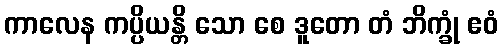
ကာလေန ကပ္ပိယန္တိ သော စေ ဒူတော တံ ဘိက္ခုံ ဧဝံ